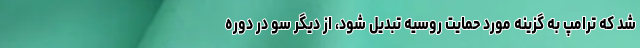
شد که ترامپ به گزینه مورد حمایت روسیه تبدیل شود، از دیگر سو در دوره